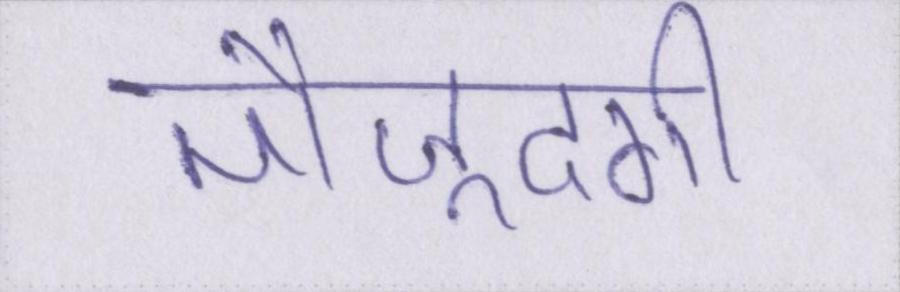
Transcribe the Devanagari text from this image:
मौजूदगी